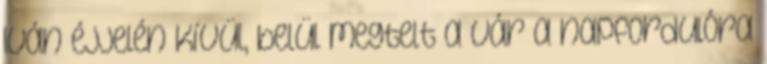
Iván éjjelén Kívül, belül megtelt a vár a napfordulóra